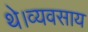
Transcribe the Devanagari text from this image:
थे।व्यवसाय